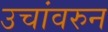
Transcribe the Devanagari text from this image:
उचांवरुन